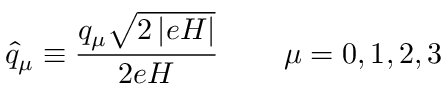
\widehat { q } _ { \mu } \equiv \frac { q _ { \mu } \sqrt { 2 \left| e H \right| } } { 2 e H } \, \qquad \mu = 0 , 1 , 2 , 3